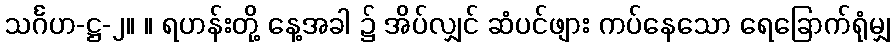
သင်္ဂဟ-ဋ္ဌ-၂။ ။ ရဟန်းတို့ နေ့အခါ ၌ အိပ်လျှင် ဆံပင်ဖျား ကပ်နေသော ရေခြောက်ရုံမျှ